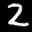
Label: 2